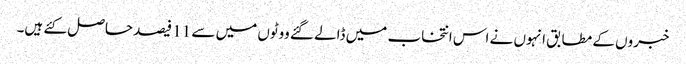
خبروں کے مطابق انہوں نے اس انتخاب میں ڈالے گئے ووٹوں میں سے 11 فیصد حاصل کئے ہیں۔